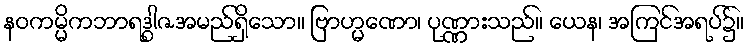
နဝကမ္မိကဘာရဒွါဇအမည်ရှိသော။ ဗြာဟ္မဏော၊ ပုဏ္ဏားသည်။ ယေန၊ အကြင်အရပ်၌။